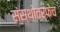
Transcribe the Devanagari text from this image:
संस्थोतर्फेच